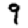
Digit: 9